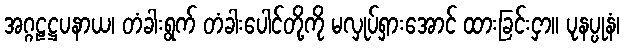
အဂ္ဂဠဋ္ဌပနာယ၊ တံခါးရွက် တံခါးပေါင်တို့ကို မလှုပ်ရှားအောင် ထားခြင်းငှာ။ ပုနပ္ပုနံ၊